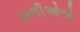
વાલીઓએ